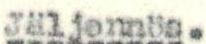
Jäljennös.